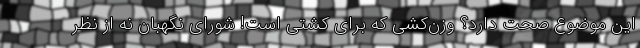
این موضوع صحت دارد؟ وزن‌کشی که برای کشتی است! شورای نگهبان نه از نظر